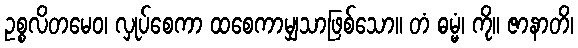
ဥစ္စလိတမေဝ၊ လှုပ်စေကာ ထစေကာမျှသာဖြစ်သော။ တံ ဓမ္မံ၊ ကို။ ဇာနာတိ၊